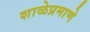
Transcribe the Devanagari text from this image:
शाळेप्रमाणे